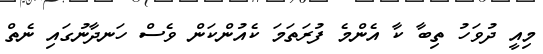
މިއީ ދުވަހު ތިބާ ކާ އެންމެ ފުރަތަމަ ކެއުންކަން ވެސް ހަނދާނުގައި ނެތް